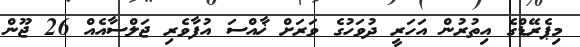
މިޕެރޭޑްގެ އިތުރުން އަހަރީ ދުވަހުގެ ވަރަށް ޚާއްސަ އުފާވެރި ޖަލްސާއެއް 26 ޖޫން